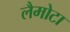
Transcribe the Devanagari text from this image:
लैमोटा